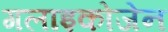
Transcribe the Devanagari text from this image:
गलाइकोजेन